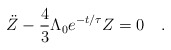
\begin{align*}\ddot Z - \frac{4}{3}\Lambda_0e^{-t/\tau}Z = 0 \quad .\end{align*}